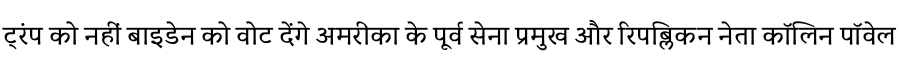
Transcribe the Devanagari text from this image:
ट्रंप को नहीं बाइडेन को वोट देंगे अमरीका के पूर्व सेना प्रमुख और रिपब्लिकन नेता कॉलिन पॉवेल